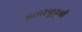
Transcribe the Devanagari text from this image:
इलापुड्ची